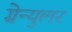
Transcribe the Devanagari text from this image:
ग्रेन्युलर